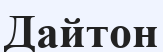
Дайтон